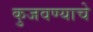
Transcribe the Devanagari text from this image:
कुजवण्याचे